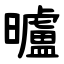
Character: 曥